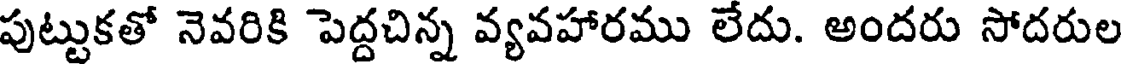
పుట్టుకతో నెవరికి పెద్దచిన్న వ్యవహారము లేదు. అందరు సోదరుల